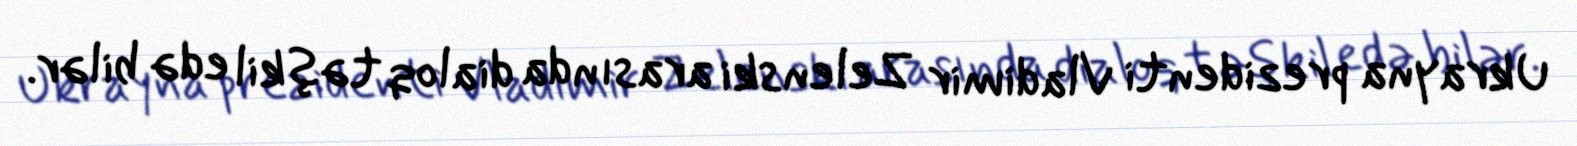
Ukrayna prezidenti Vladimir Zelenski arasında dialoq təşkil edə bilər.